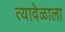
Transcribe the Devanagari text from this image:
त्यावेळाला